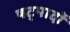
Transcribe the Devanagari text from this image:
षट्पादों